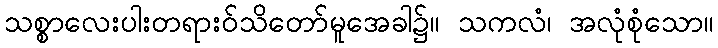
သစ္စာလေးပါးတရားဝ်သိတော်မူအေခါ၌။ သကလံ၊ အလုံစုံသော။